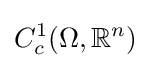
C_{c}^{1}(\Omega ,\mathbb {R} ^{n})